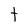
Character: t